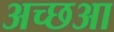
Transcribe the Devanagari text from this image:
अच्छआ